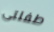
طفلتى